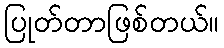
ပြုတ်တာဖြစ်တယ်။